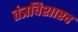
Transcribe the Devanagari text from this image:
तंत्रविशारद